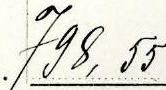
798,55